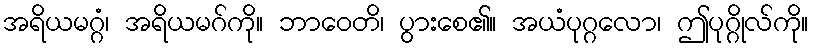
အရိယမဂ္ဂံ၊ အရိယမဂ်ကို။ ဘာဝေတိ၊ ပွားစေ၏။ အယံပုဂ္ဂလော၊ ဤပုဂ္ဂိုလ်ကို။